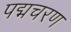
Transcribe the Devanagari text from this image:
पद्मचरण